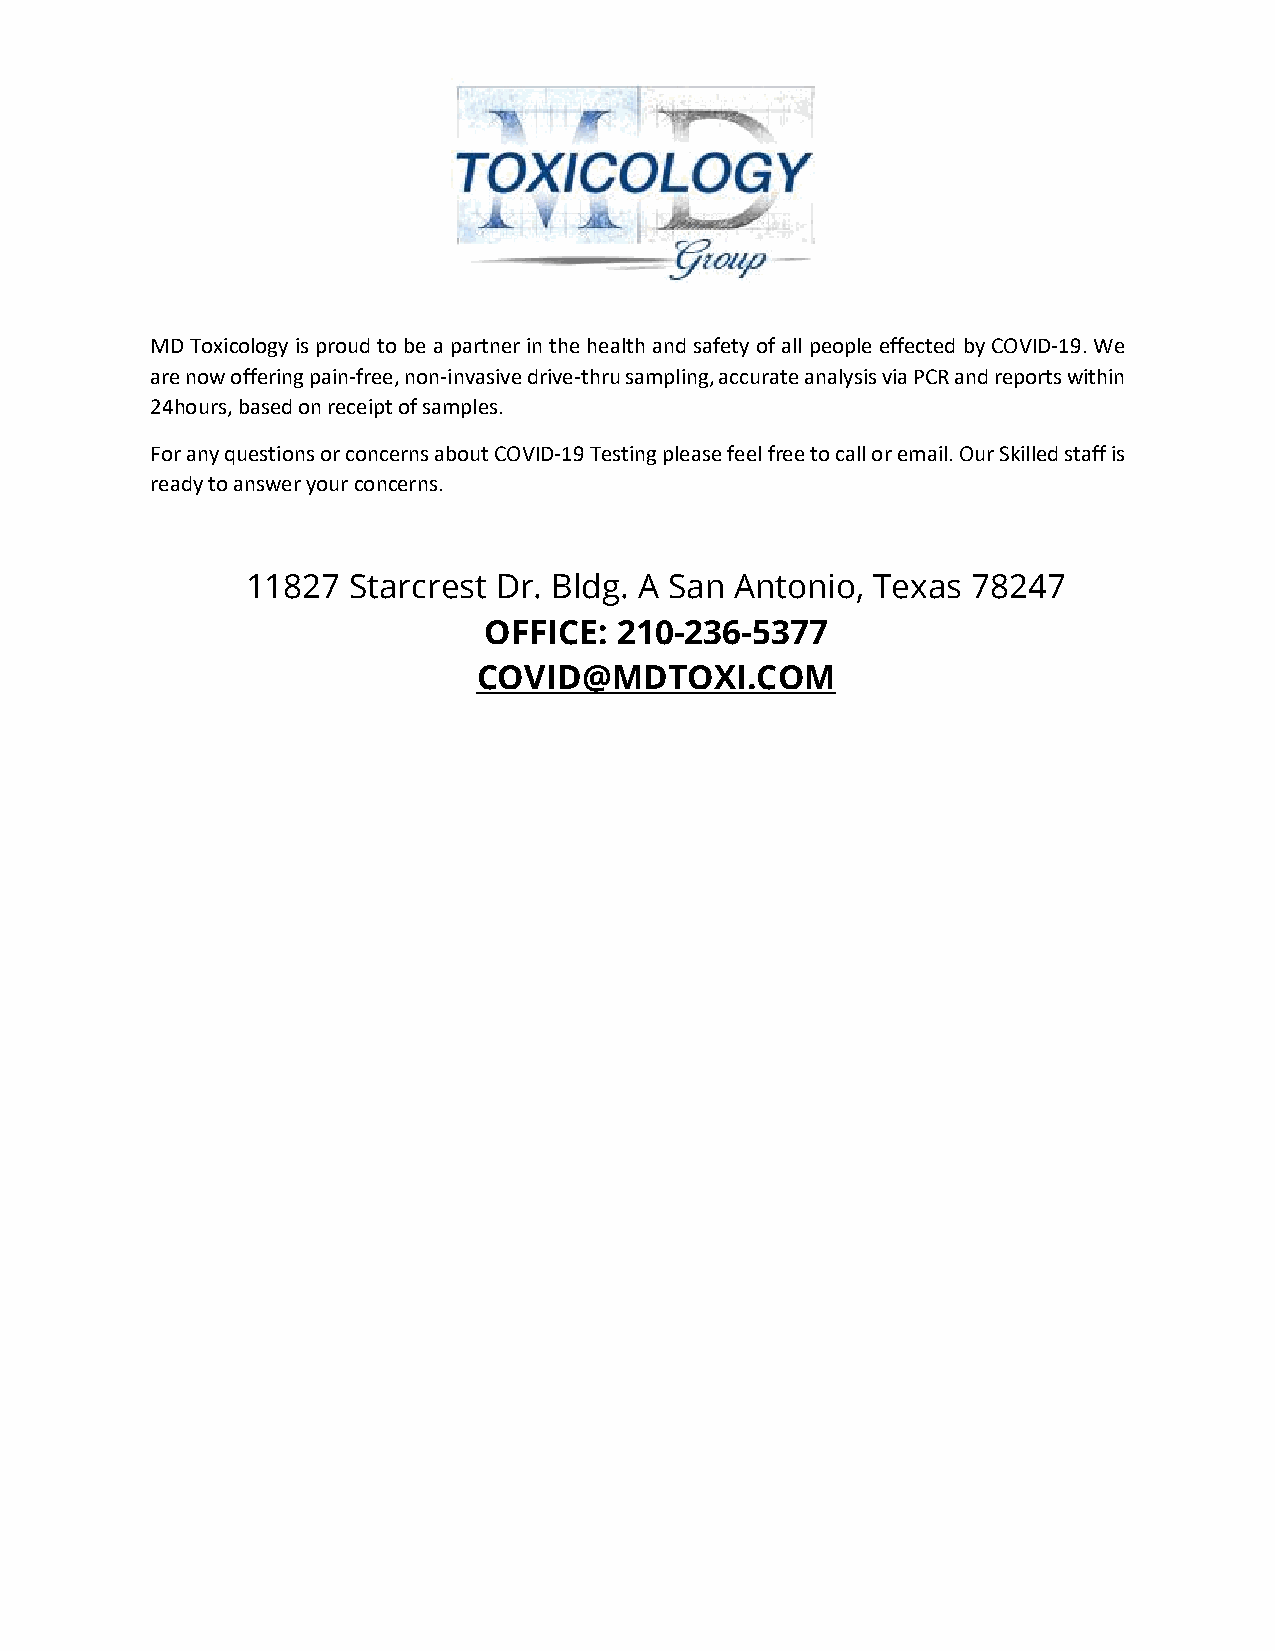
MD Toxicology is proud to be a partner in the health and safety of all people effected by COVID-19. We
 are now offering pain-free, non-invasive drive-thru sampling, accurate analysis via PCR and reports within
 24hours, based on receipt of samples.
 For any questions or concerns about COVID-19 Testing please feel free to call or email. Our Skilled staff is
 ready to answer your concerns.
 11827  Starcrest Dr. Bldg. A San Antonio, Texas 78247
 OFFICE:  210-236-5377
 COVID@MDTOXI.COM